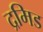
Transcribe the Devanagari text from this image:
द्रमिड